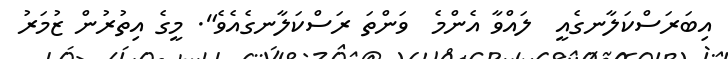
އިބަރަސްކަލާނގެއީ  ލައްވާ އެންމެ  ވަންތަ ރަސްކަލާނގެއެވެ". މީގެ އިތުރުން ޒުމަރު